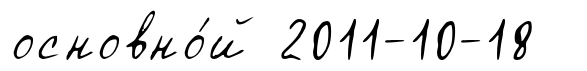
основно́й 2011-10-18